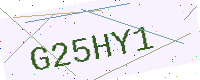
Text: G25HY1